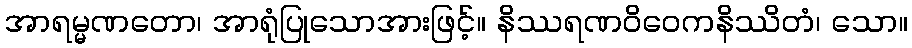
အာရမ္မဏတော၊ အာရုံပြုသောအားဖြင့်။ နိဿရဏဝိဝေကနိဿိတံ၊ သော။